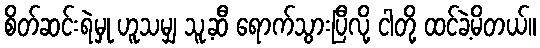
စိတ်ဆင်းရဲမှု ဟူသမျှ သူ့ဆီ ရောက်သွားပြီလို့ ငါတို့ ထင်ခဲ့မိတယ်။